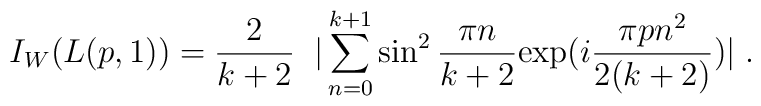
I_W (L(p,1)) = \frac{2}{k + 2} \; \; | \sum_{n = 0}^{k + 1}\sin^2 \frac{\pi n}{k + 2}{\rm exp} (i \frac{\pi p n^2}{2 (k + 2)}) | \; .